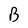
Character: B